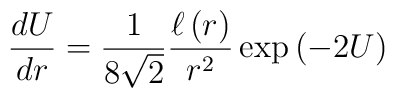
\frac{dU}{dr}=\frac{1}{8\sqrt{2}}\frac{\ell\left(r\right)}{ r^2} \exp\left(-2U\right)